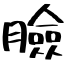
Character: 臉